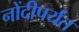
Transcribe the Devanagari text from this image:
नोंदीपर्यंत